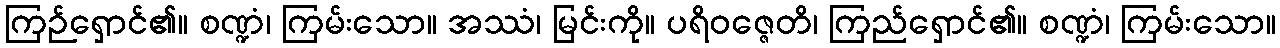
ကြဉ်ရှောင်၏။ စဏ္ဍံ၊ ကြမ်းသော။ အဿံ၊ မြင်းကို။ ပရိဝဇ္ဇေတိ၊ ကြည်ရှောင်၏။ စဏ္ဍံ၊ ကြမ်းသော။